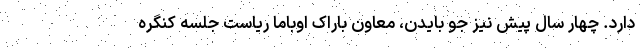
دارد. چهار سال پیش نیز جو بایدن، معاون باراک اوباما ریاست جلسه کنگره